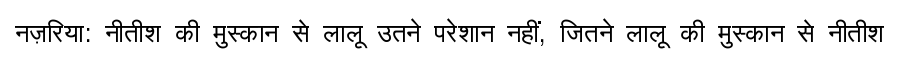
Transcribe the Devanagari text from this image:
नज़रिया: नीतीश की मुस्कान से लालू उतने परेशान नहीं, जितने लालू की मुस्कान से नीतीश